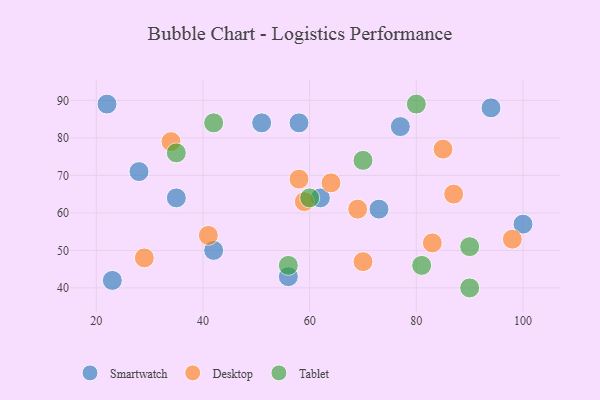
{"axis": {"x": "GDP", "y": "Life Expectancy"}, "legend": ["Desktop", "Smartwatch", "Tablet"], "data": [{"x": "58", "y": 84, "type": "Smartwatch"}, {"x": "35", "y": 64, "type": "Smartwatch"}, {"x": "77", "y": 83, "type": "Smartwatch"}, {"x": "56", "y": 43, "type": "Smartwatch"}, {"x": "22", "y": 89, "type": "Smartwatch"}, {"x": "42", "y": 50, "type": "Smartwatch"}, {"x": "73", "y": 61, "type": "Smartwatch"}, {"x": "51", "y": 84, "type": "Smartwatch"}, {"x": "62", "y": 64, "type": "Smartwatch"}, {"x": "100", "y": 57, "type": "Smartwatch"}, {"x": "28", "y": 71, "type": "Smartwatch"}, {"x": "23", "y": 42, "type": "Smartwatch"}, {"x": "94", "y": 88, "type": "Smartwatch"}, {"x": "34", "y": 79, "type": "Desktop"}, {"x": "69", "y": 61, "type": "Desktop"}, {"x": "64", "y": 68, "type": "Desktop"}, {"x": "41", "y": 54, "type": "Desktop"}, {"x": "59", "y": 63, "type": "Desktop"}, {"x": "70", "y": 47, "type": "Desktop"}, {"x": "85", "y": 77, "type": "Desktop"}, {"x": "58", "y": 69, "type": "Desktop"}, {"x": "87", "y": 65, "type": "Desktop"}, {"x": "98", "y": 53, "type": "Desktop"}, {"x": "83", "y": 52, "type": "Desktop"}, {"x": "29", "y": 48, "type": "Desktop"}, {"x": "56", "y": 46, "type": "Tablet"}, {"x": "35", "y": 76, "type": "Tablet"}, {"x": "60", "y": 64, "type": "Tablet"}, {"x": "42", "y": 84, "type": "Tablet"}, {"x": "90", "y": 40, "type": "Tablet"}, {"x": "81", "y": 46, "type": "Tablet"}, {"x": "80", "y": 89, "type": "Tablet"}, {"x": "70", "y": 74, "type": "Tablet"}, {"x": "90", "y": 51, "type": "Tablet"}]}